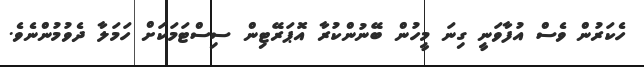
ހެކަރުން ވެސް އުފާވަނީ ގިނަ މީހުން ބޭނުންކުރާ އޮޕަރޭޓިން ސިސްޓަމަކަށް ހަމަލާ ދެވުމުންނެވެ.